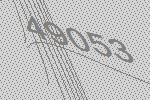
49053